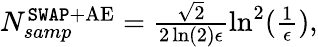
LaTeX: \begin{array}{r}{N_{samp}^{\mathtt{SWAP}+\mathrm{AE}}=\frac{\sqrt{2}}{2\ln(2)\epsilon}\ln^{2}(\frac{1}{\epsilon}),}\end{array}